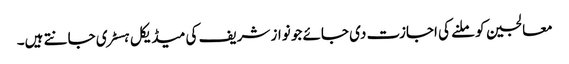
معالجین کو ملنے کی اجازت دی جائے جو نواز شریف کی میڈیکل ہسٹری جانتے ہیں۔